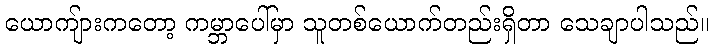
ယောကျ်ားကတော့ ကမ္ဘာပေါ်မှာ သူတစ်ယောက်တည်းရှိတာ သေချာပါသည်။